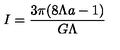
I = \frac { 3 \pi ( 8 \Lambda a - 1 ) } { G \Lambda }